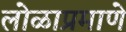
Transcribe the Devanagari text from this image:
लोळाप्रमाणे